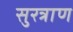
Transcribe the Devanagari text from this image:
सुरत्राण